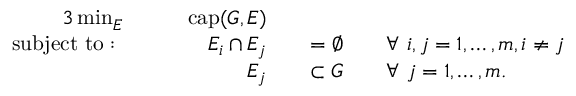
\begin{array} { r l r l r l } { { 3 } \operatorname* { m i n } _ { E } } & { \quad } & { \mathrm { c a p } ( G , E ) } & { } & & { } \\ { \mathrm { s u b j e c t ~ t o : ~ } } & { \quad } & { E _ { i } \cap E _ { j } } & { } & { = \emptyset } & { \quad \forall \ i , j = 1 , \ldots , m , i \neq j } \\ & { \quad } & { E _ { j } } & { } & { \subset G } & { \quad \forall \ j = 1 , \ldots , m . } \end{array}